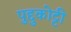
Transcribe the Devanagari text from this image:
पुद्दुकोट्टी